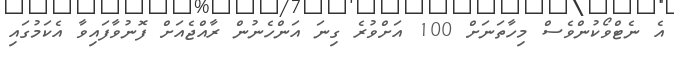
އެ ނެޓްވޯކުންވެސް މިހާތަނަށް 100 އަށްވުރެ ގިނަ އަންހެނުން ރާއްޖެއަށް ފޮނުވާފައިވާ އެކަމުގައި